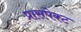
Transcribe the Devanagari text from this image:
प्रासपेक्ट